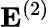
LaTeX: {\mathbf E}^{(2)}